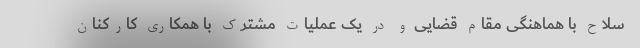
سلاح با هماهنگی مقام قضایی و در یک عملیات مشترک با همکاری کارکنان